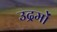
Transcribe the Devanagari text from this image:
उद्रमों